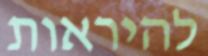
להיראות